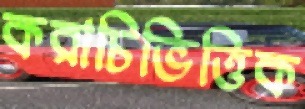
করাচিভিত্তিক